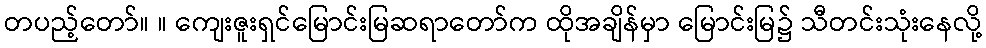
တပည့်တော်။ ။ ကျေးဇူးရှင်မြောင်းမြဆရာတော်က ထိုအချိန်မှာ မြောင်းမြ၌ သီတင်းသုံးနေလို့